Annual report on the health of the army in India
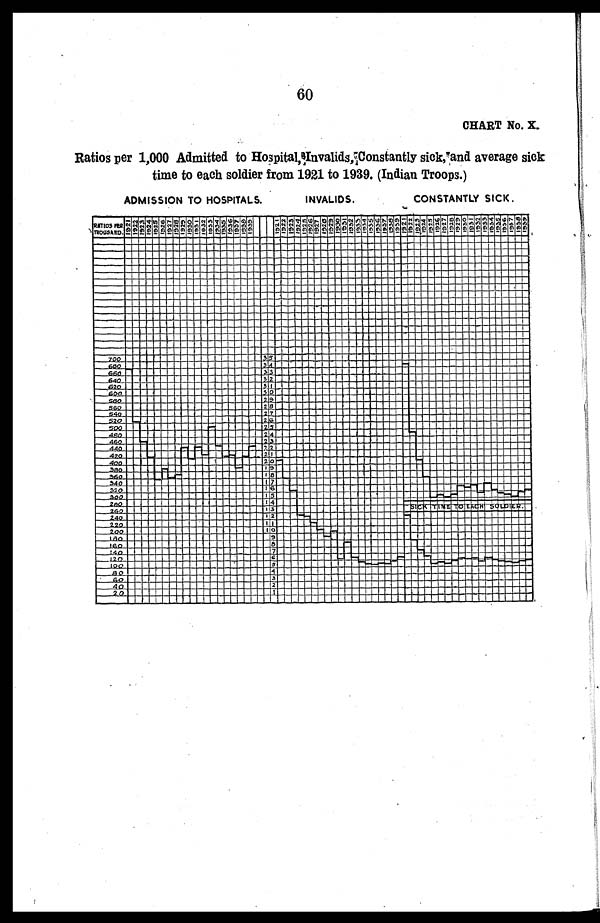
60
CHART No. X.
Ratios per 1,000 Admitted to Hospital, Invalids, Constantly sick, and average sick
time to each soldier from 1921 to 1939. (Indian Troops.)
ADMISSION TO HOSPITALS.
INVALIDS.
CONSTANTLY SICK.